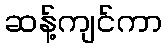
ဆန့်ကျင်ကာ